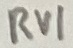
Text: RV1